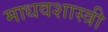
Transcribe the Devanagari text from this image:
माधवशास्त्री